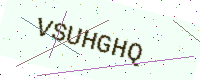
Text: VSUHGHQ